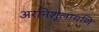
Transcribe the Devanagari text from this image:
अरनिशूलामणि